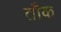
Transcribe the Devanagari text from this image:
तौक